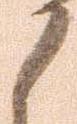
候